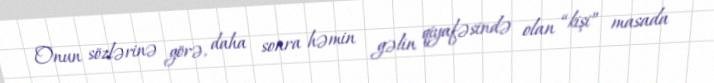
Onun sözlərinə görə, daha sonra həmin gəlin qiyafəsində olan “kişi” masada